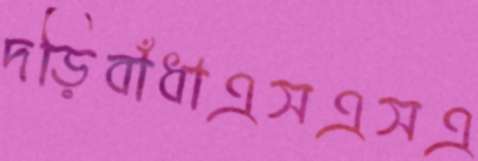
দড়িবাঁধাএসএসএ